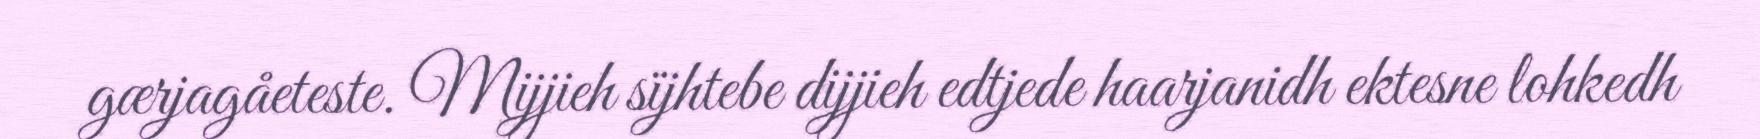
gærjagåeteste. Mijjieh sïjhtebe dijjieh edtjede haarjanidh ektesne lohkedh